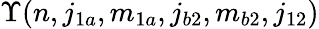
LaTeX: \Upsilon(n,j_{1a},m_{1a},j_{b2},m_{b2},j_{12})